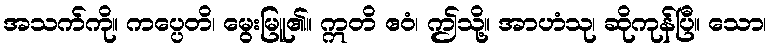
အသက်ကို။ ကပ္ပေတိ၊ မွေးမြူ၏။ ဣတိ ဧဝံ၊ ဤသို့။ အာဟံသု၊ ဆိုကုန်ပြီ။ သော၊